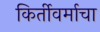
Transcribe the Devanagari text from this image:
किर्तीवर्माचा